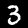
Digit: 3